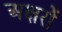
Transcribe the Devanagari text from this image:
अक्षरोें